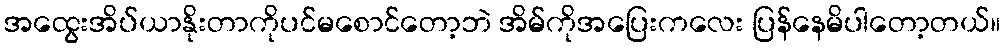
အထွေးအိပ်ယာနိုးတာကိုပင်မစောင်တော့ဘဲ အိမ်ကိုအပြေးကလေး ပြန်နေမိပါတော့တယ်။